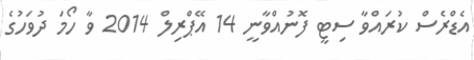
އެޑްރެސް ކުރައްވާ ސިޓީ ފޮނުއްވާނީ 14 އޭޕްރިލް 2014 ވާ ހޯމަ ދުވަހުގެ